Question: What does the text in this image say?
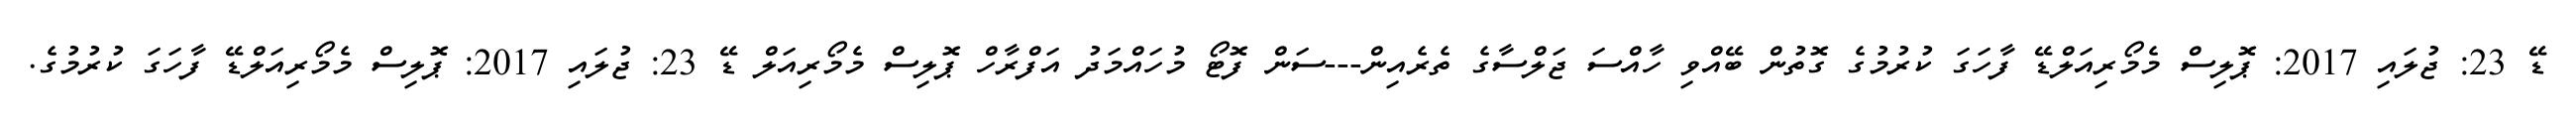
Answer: ޑޭ 23: ޖުލައި 2017: ޕޮލިސް މެމޯރިއަލްޑޭ ފާހަގަ ކުރުމުގެ ގޮތުން ބޭއްވި ހާއްސަ ޖަލްސާގެ ތެރެއިން---ސަން ފޮޓޯ މުހައްމަދު އަފްރާހް ޕޮލިސް މެމޯރިއަލް ޑޭ 23: ޖުލައި 2017: ޕޮލިސް މެމޯރިއަލްޑޭ ފާހަގަ ކުރުމުގެ.